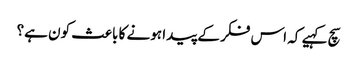
سچ کہیے کہ اس فکر کے پیدا ہونے کا باعث کون ہے؟